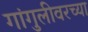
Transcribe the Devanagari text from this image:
गांगुलीवरच्या